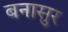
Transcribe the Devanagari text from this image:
बनासुर